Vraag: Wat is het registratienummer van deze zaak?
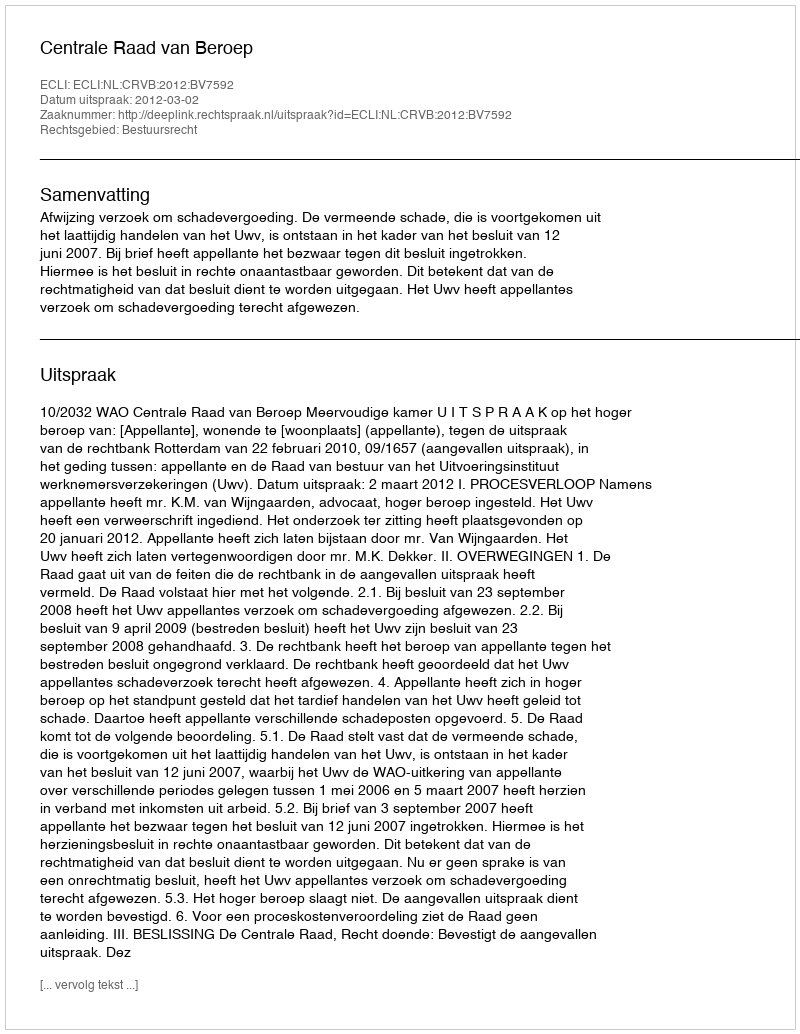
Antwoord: http://deeplink.rechtspraak.nl/uitspraak?id=ECLI:NL:CRVB:2012:BV7592